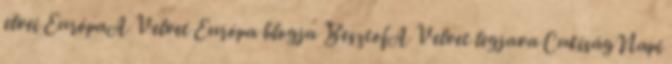
elvei EurópaA Velvet Európa blogja BesztofA Velvet legjava CukiságNapi